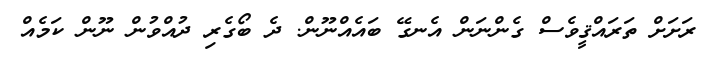
ރަށަށް ތަރައްޤީވެސް ގެންނަން އެނގޭ ބައެއްނޫން. ދެ ބޯގެރި ދުއްވުން ނޫން ކަމެއް